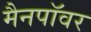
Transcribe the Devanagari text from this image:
मैनपॉवर